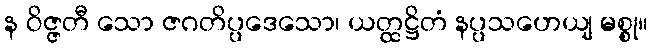
န ဝိဇ္ဇတီ သော ဇဂတိပ္ပဒေသော၊ ယတ္ထဋ္ဌိတံ နပ္ပသဟေယျ မစ္စု။